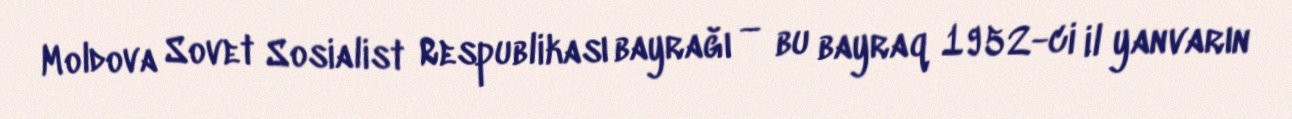
Moldova Sovet Sosialist Respublikası bayrağı — bu bayraq 1952-ci il yanvarın